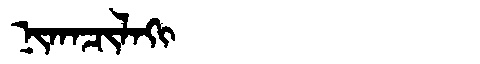
Manchu: ᠨᡳᡴᠠᠴᡳᠯᠠᡴᡳ
Romanization: NIKACILAKI